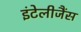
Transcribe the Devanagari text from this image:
इंटेलीजैंस